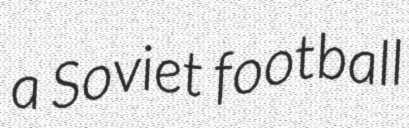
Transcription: a Soviet football